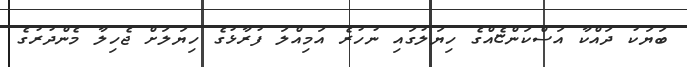
ބަޔަކު ދައްކާ އަސްކަންޏެއްގެ ހިޔަލުގައި ނުހުރެ އަމިއްލަ ފުރާޅުގެ ހިޔަލަށް ޖެހިލާ މެންދުރުގެ